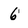
Character: 6